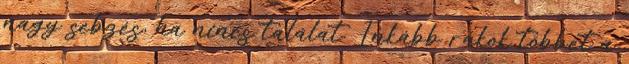
nagy sebzés, ha nincs találat. Inkább rakok többet a